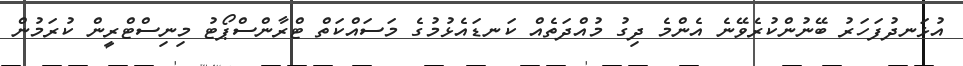
އުޅަނދުފަހަރު ބޭނުންކުރެވޭނެ އެންމެ ދިގު މުއްދަތެއް ކަނޑައެޅުމުގެ މަސައްކަތް ޓްރާންސްޕޯޓު މިިނިސްޓްރީން ކުރަމުން